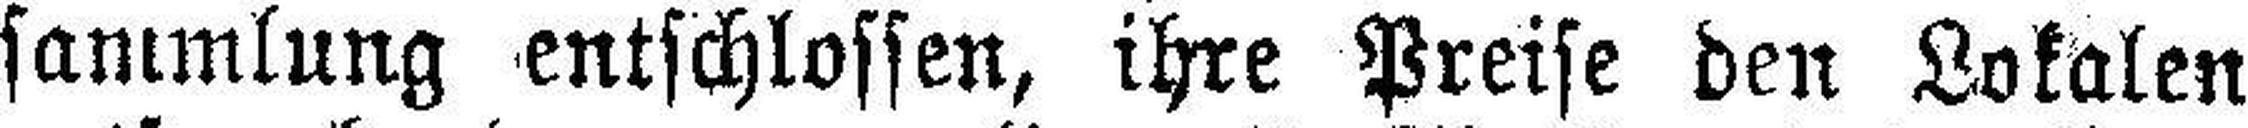
sammlung entschlossen, ihre Preise den Lokalen